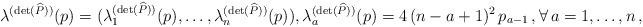
LaTeX: \begin{align*} \lambda^{(\det(\widehat P))}(p) = (\lambda^{(\det(\widehat P))}_1(p),\ldots,\lambda^{(\det(\widehat P))}_n(p)),\lambda^{(\det(\widehat P))}_a(p)=4\,(n - a + 1)^2\,p_{a - 1}\,,\forall\,a=1,\ldots,n\,,\end{align*}